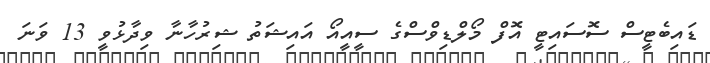
ޑައިބެޓީސް ސޮސައިޓީ އޮފް މޯލްޑިވްސްގެ ސީއީއޯ އައިޝަތު ޝިރުހާނާ ވިދާޅުވީ 13 ވަނަ